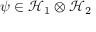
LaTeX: \psi \in { \mathcal { H } } _ { 1 } \otimes { \mathcal { H } } _ { 2 }